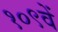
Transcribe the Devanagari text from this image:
१०९वें